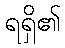
ရရှိ၏